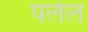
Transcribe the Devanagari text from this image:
पलेल